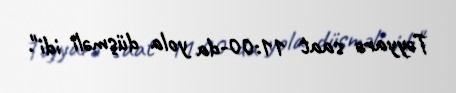
Təyyarə saat 11:00-da yola düşməli idi".